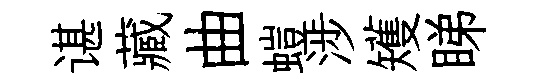
谌藏曲螘涉矱睇